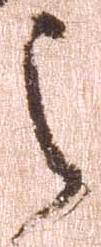
之